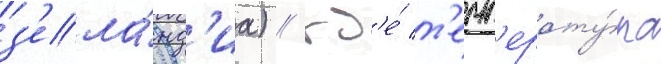
з'ела́нд'иа) / гд'е́ т'емп'ерату́ра